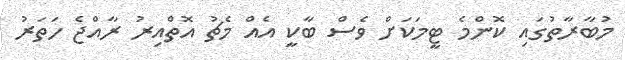
މުބާރާތުގައި ކޮންމެ ޓީމަކަށް ވެސް ބާކީ އެއް މެޗު އޮތްއިރު ރާއްޖެ ހަތަރު